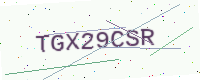
Text: TGX29CSR